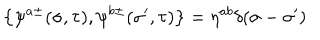
LaTeX: \left\{ \psi ^ { a \pm } ( \sigma , \tau ) , \psi ^ { b \pm } ( { \sigma } ^ { \prime } , \tau ) \right\} = \eta ^ { a b } \delta ( \sigma - { \sigma } ^ { \prime } )